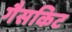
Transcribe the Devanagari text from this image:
गैसकिट